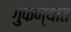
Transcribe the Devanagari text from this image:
गुंफण्यात